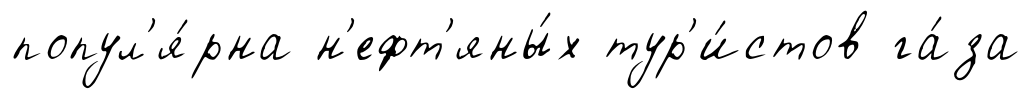
попул'я́рна н'ефт'яны́х тур'и́стов га́за